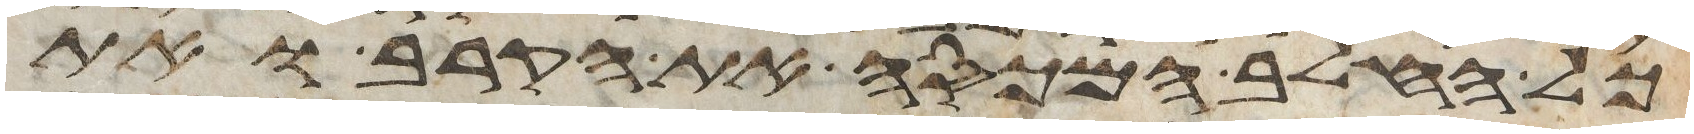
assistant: כל החלב המכסה את הקרב ואת